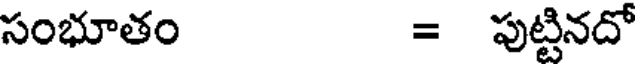
సంభూతం = పుట్టినదో